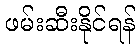
ဖမ်းဆီးနိုင်ရန်